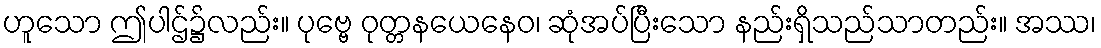
ဟူသော ဤပါဌ်၌လည်း။ ပုဗ္ဗေ ဝုတ္တနယေနေဝ၊ ဆုံအပ်ပြီးသော နည်းရှိသည်သာတည်း။ အဿ၊